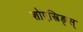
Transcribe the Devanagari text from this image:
शोएस्त्रिङ्स्